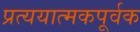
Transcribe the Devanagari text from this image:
प्रत्ययात्मकपूर्वक